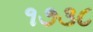
૧૭૩૮